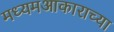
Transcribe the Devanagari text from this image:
मध्यमआकाराच्या